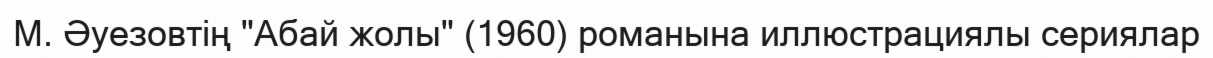
М. Әуезовтің "Абай жолы" (1960) романына иллюстрациялы сериялар